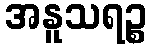
အနူသရဉ္စ